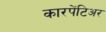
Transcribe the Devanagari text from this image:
कारपेंटिअर